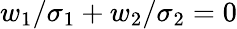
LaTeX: w_{1}/\sigma_{1}+w_{2}/\sigma_{2}=0